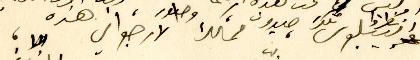
انظروا تلك صيدون وبيبلوس، ممالك الارجواني هذه،